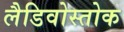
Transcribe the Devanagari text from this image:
लैडिवोस्तोक